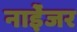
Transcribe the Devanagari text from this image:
नाईेजर